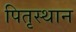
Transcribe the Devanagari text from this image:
पितृस्थान